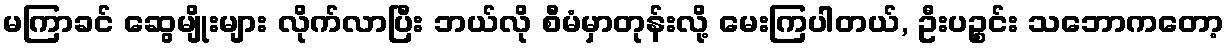
မကြာခင် ဆွေမျိုးများ လိုက်လာပြီး ဘယ်လို စီမံမှာတုန်းလို့ မေးကြပါတယ်, ဦးပဉ္စင်း သဘောကတော့